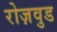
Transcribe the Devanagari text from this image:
रोज़वुड